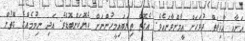
އަށާއި އާޚިރަތް ދުވަހަށް އީމާންވާނައެވެ. އެގޮތް ތިޔަބައިމީހުންނަށް ހެޔޮކަންބޮޑެވެ. އަދި ނިމުމެއްގެ ގޮތުން